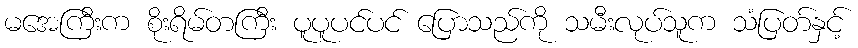
မအေကြီးက စိုးရိမ်တကြီး ပူပူပင်ပင် ပြောသည်ကို သမီးလုပ်သူက သံပြတ်နှင့်